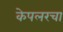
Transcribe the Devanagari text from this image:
केपलरचा